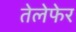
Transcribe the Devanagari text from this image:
तेलेफेर